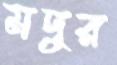
মদুর